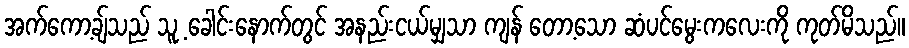
အက်ကော့ချ်သည် သူ့ ခေါင်းနောက်တွင် အနည်းငယ်မျှသာ ကျန် တော့သော ဆံပင်မွေးကလေးကို ကုတ်မိသည်။